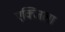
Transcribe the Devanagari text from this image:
एक्जिला